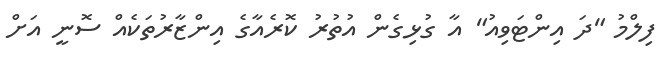
ފިލްމު "ދަ އިންޓަވިއު" އާ ގުޅިގެން އުތުރު ކޮރެއާގެ އިންޒާރުތަކެއް ސޮނީ އަށް